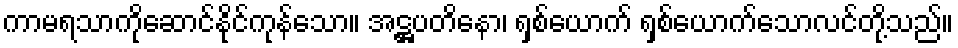
ကာမရသာကိုဆောင်နိုင်ကုန်သော။ အဋ္ဌပတိနော၊ ရှစ်ယောက် ရှစ်ယောက်သောလင်တို့သည်။